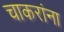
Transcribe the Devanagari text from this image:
चाकरांना